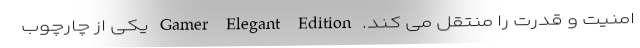
امنیت و قدرت را منتقل می کند. Gamer Elegant Edition یکی از چارچوب